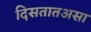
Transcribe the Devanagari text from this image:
दिसतातअसा